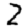
Digit: 2